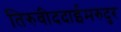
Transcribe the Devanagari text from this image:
तिरुवीददाईमरुदुर